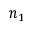
n _ { 1 }